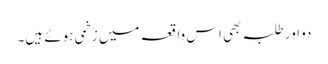
دو اور طلبہ بھی اس واقعہ میں زخمی ہوئے ہیں۔